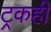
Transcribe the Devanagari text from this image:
ट्रकही